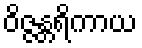
ဝိဇ္ဇန္တရိကာယ